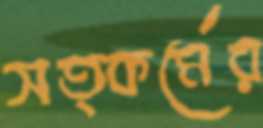
সত্কর্মের